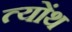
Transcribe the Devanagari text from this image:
त्योंथ